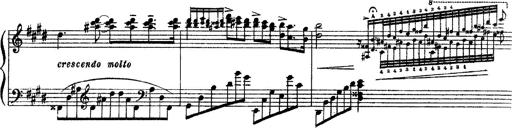
Title: 3 sonetti di Petrarca
Composer: Franz Liszt